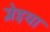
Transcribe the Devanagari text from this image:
प्लेइया